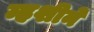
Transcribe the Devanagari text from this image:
म्हशीने